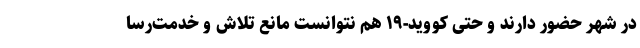
در شهر حضور دارند و حتی کووید-‌۱۹ هم نتوانست مانع تلاش و خدمت‌رسا